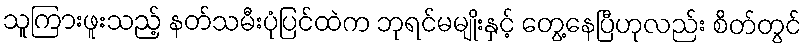
သူကြားဖူးသည့် နတ်သမီးပုံပြင်ထဲက ဘုရင်မမျိုးနှင့် တွေ့နေပြီဟုလည်း စိတ်တွင်